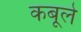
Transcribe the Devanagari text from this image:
कबूले